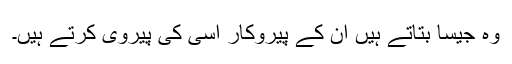
وہ جیسا بتاتے ہیں ان کے پیروکار اسی کی پیروی کرتے ہیں۔